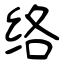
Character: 络